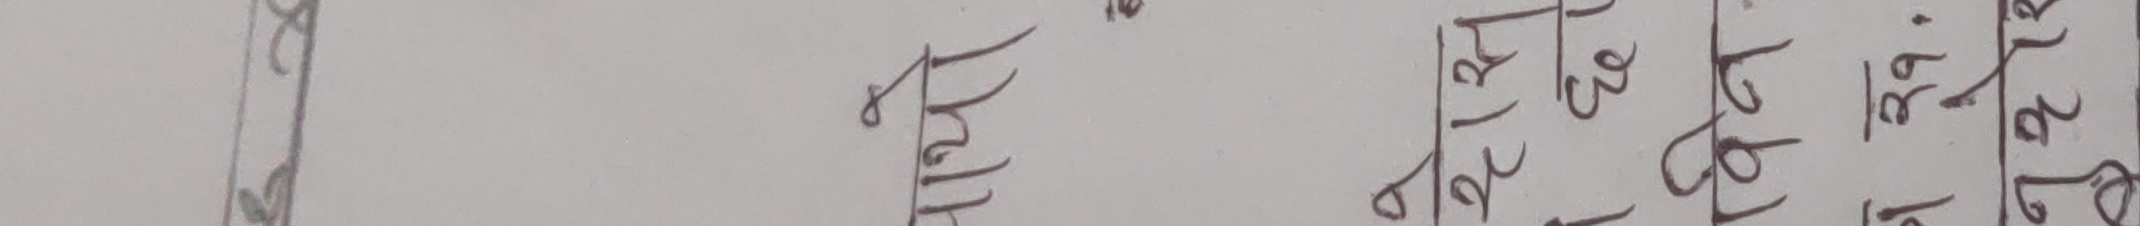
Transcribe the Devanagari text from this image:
प्राप्त २१ ८९ संख्या २८ १८ ८१ ७८